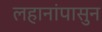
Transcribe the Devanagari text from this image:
लहानांपासुन